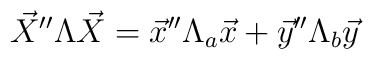
\vec{X}''\Lambda \vec{X}=\vec{x}''\Lambda_{a}\vec{x}+\vec{y}''\Lambda_{b} \vec{y}